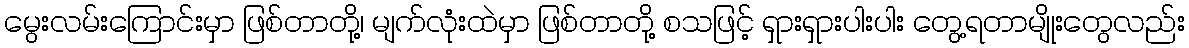
မွေးလမ်းကြောင်းမှာ ဖြစ်တာတို့၊ မျက်လုံးထဲမှာ ဖြစ်တာတို့ စသဖြင့် ရှားရှားပါးပါး တွေ့ရတာမျိုးတွေလည်း